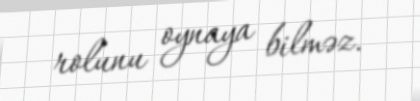
rolunu oynaya bilməz.